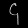
Digit: ၄